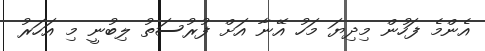
އެންމެ ފަހުން މިދިޔަ މަހު އޭނާ އަށް ފުރުސަތު ލިބުނީ މި އަހަރު